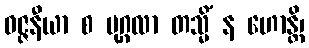
ဝဇ္ဇနီယာ စ ပုဂ္ဂလာ တသ္မိံ န ဟောန္တိ၊